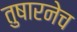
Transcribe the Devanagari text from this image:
तुषारनेच